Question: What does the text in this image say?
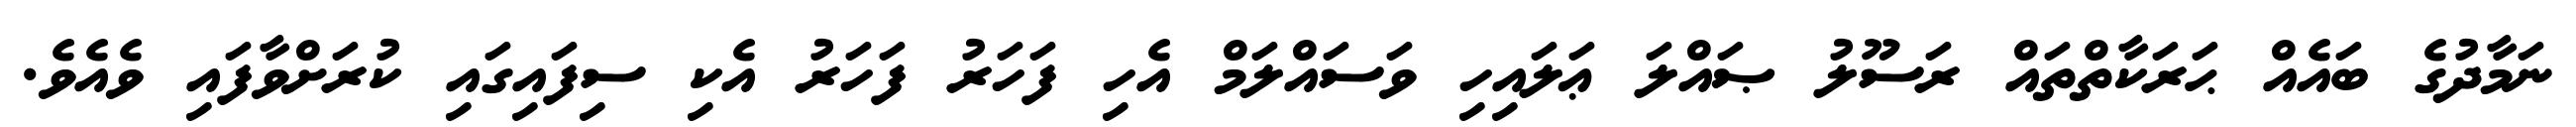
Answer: ނަމާދުގެ ބައެއް ޙަރަކާތްތައް ރަސޫލު ޞައްލަ ޢަލައިހި ވަސައްލަމް އެހި ފަހަރު ފަހަރު އެކި ސިފައިގައި ކުރަށްވާފައި ވެއެވެ.